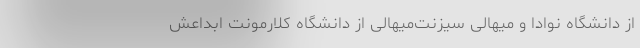
از دانشگاه نوادا و میهالی سیزنت‌میهالی از دانشگاه کلارمونت ابداعش